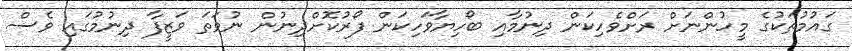
ގައުމުތަކުގެ މީހުންނަށް ރަށްވެހިކަން ދިނުމާއި ބޯހިޔާވަހިކަން ފޯރުކޮށްދިނުން ނުވަތަ ވަޒީފާ ދިނުމުގައި ވެސް